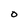
Character: O